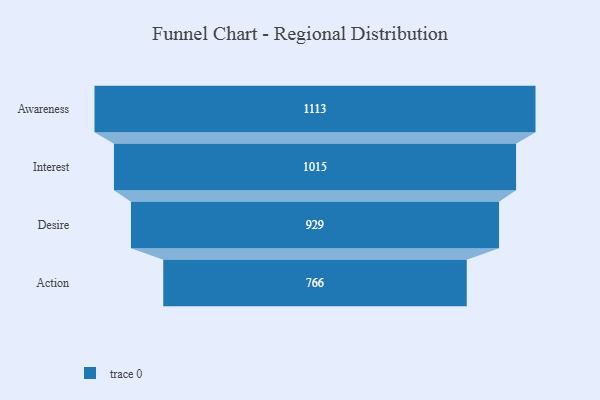
{"axis": {"x": "Stage", "y": "Value"}, "legend": [""], "data": [{"x": "Awareness", "y": 1113.0, "type": ""}, {"x": "Interest", "y": 1015.0, "type": ""}, {"x": "Desire", "y": 929.0, "type": ""}, {"x": "Action", "y": 766.0, "type": ""}]}